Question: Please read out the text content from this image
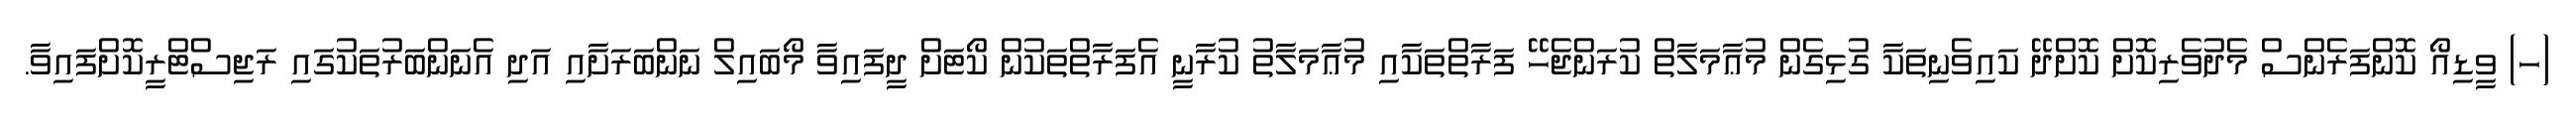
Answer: (ހ) ވީޑިއޯ ކޮންފަރެންސް މެދުވެރިކޮށް ކޮށްދޭ ކައިވެނިތަކާ ގުޅިގެން މުޢާމަލާތް ކުރަންޖެހޭ ފަރާތްތަކާއި މުޢާމަލާތު ކުރާނީ އެފަރާތްތަކުން ކޯޓަށް ދީފައިވާ މޯބައިލް ނަންބަރަށާއި އަދި އެނަންބަރުތަކުގައި ރަޖިސްޓްރީކޮށްފައިވާ.